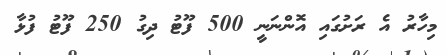
މިހާރު އެ ރަށުގައި އޮންނަނީ 500 ފޫޓު ދިގު 250 ފޫޓު ފުޅާ